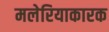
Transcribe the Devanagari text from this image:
मलेरियाकारक